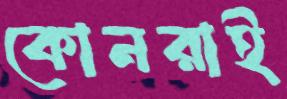
কোনরাই